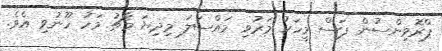
ޕްރޮވިންސުން ފަސް މީހަކު މަރުވި މައްސަލަ މިދިޔަ މާޗު މަހު ހޫނުވި އެވެ.